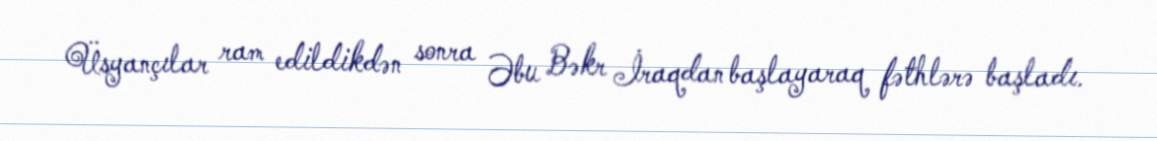
Üsyançılar ram edildikdən sonra Əbu Bəkr İraqdan başlayaraq fəthlərə başladı.